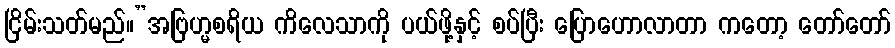
ငြိမ်းသတ်မည်။”အဗြဟ္မစရိယ ကိလေသာကို ပယ်ဖို့နှင့် စပ်ပြီး ပြောဟောလာတာ ကတော့ တော်တော်